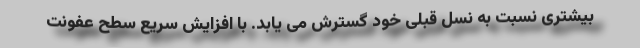
بیشتری نسبت به نسل قبلی خود گسترش می یابد. با افزایش سریع سطح عفونت